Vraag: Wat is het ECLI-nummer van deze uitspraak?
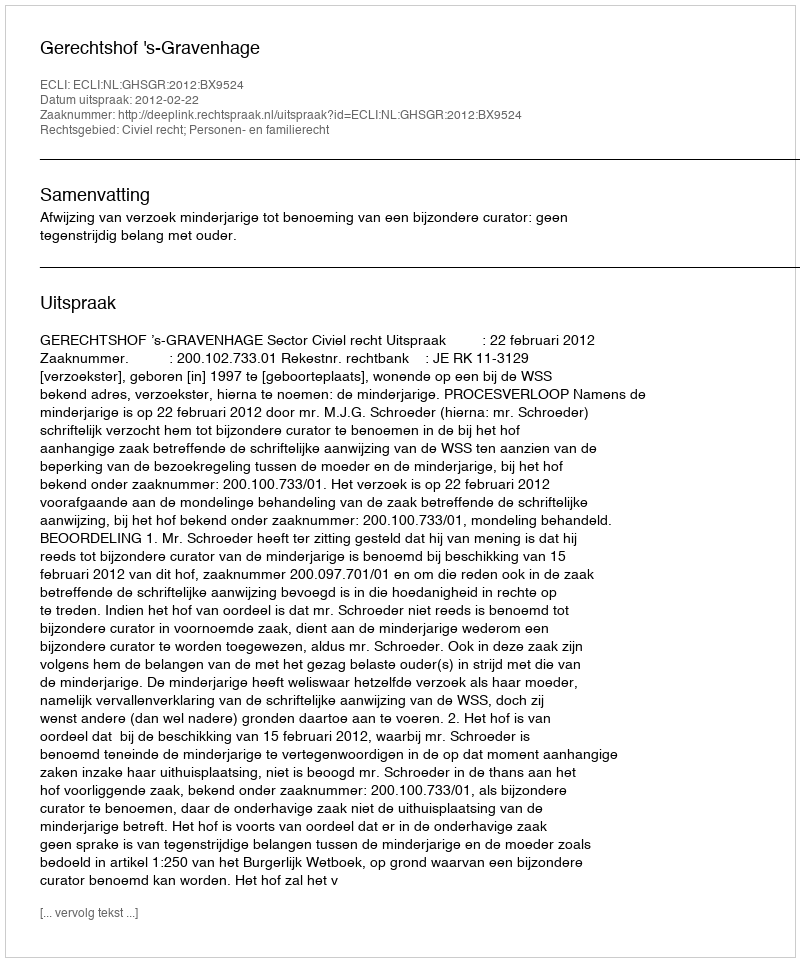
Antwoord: ECLI:NL:GHSGR:2012:BX9524